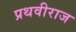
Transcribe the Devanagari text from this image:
प्रथवीराज